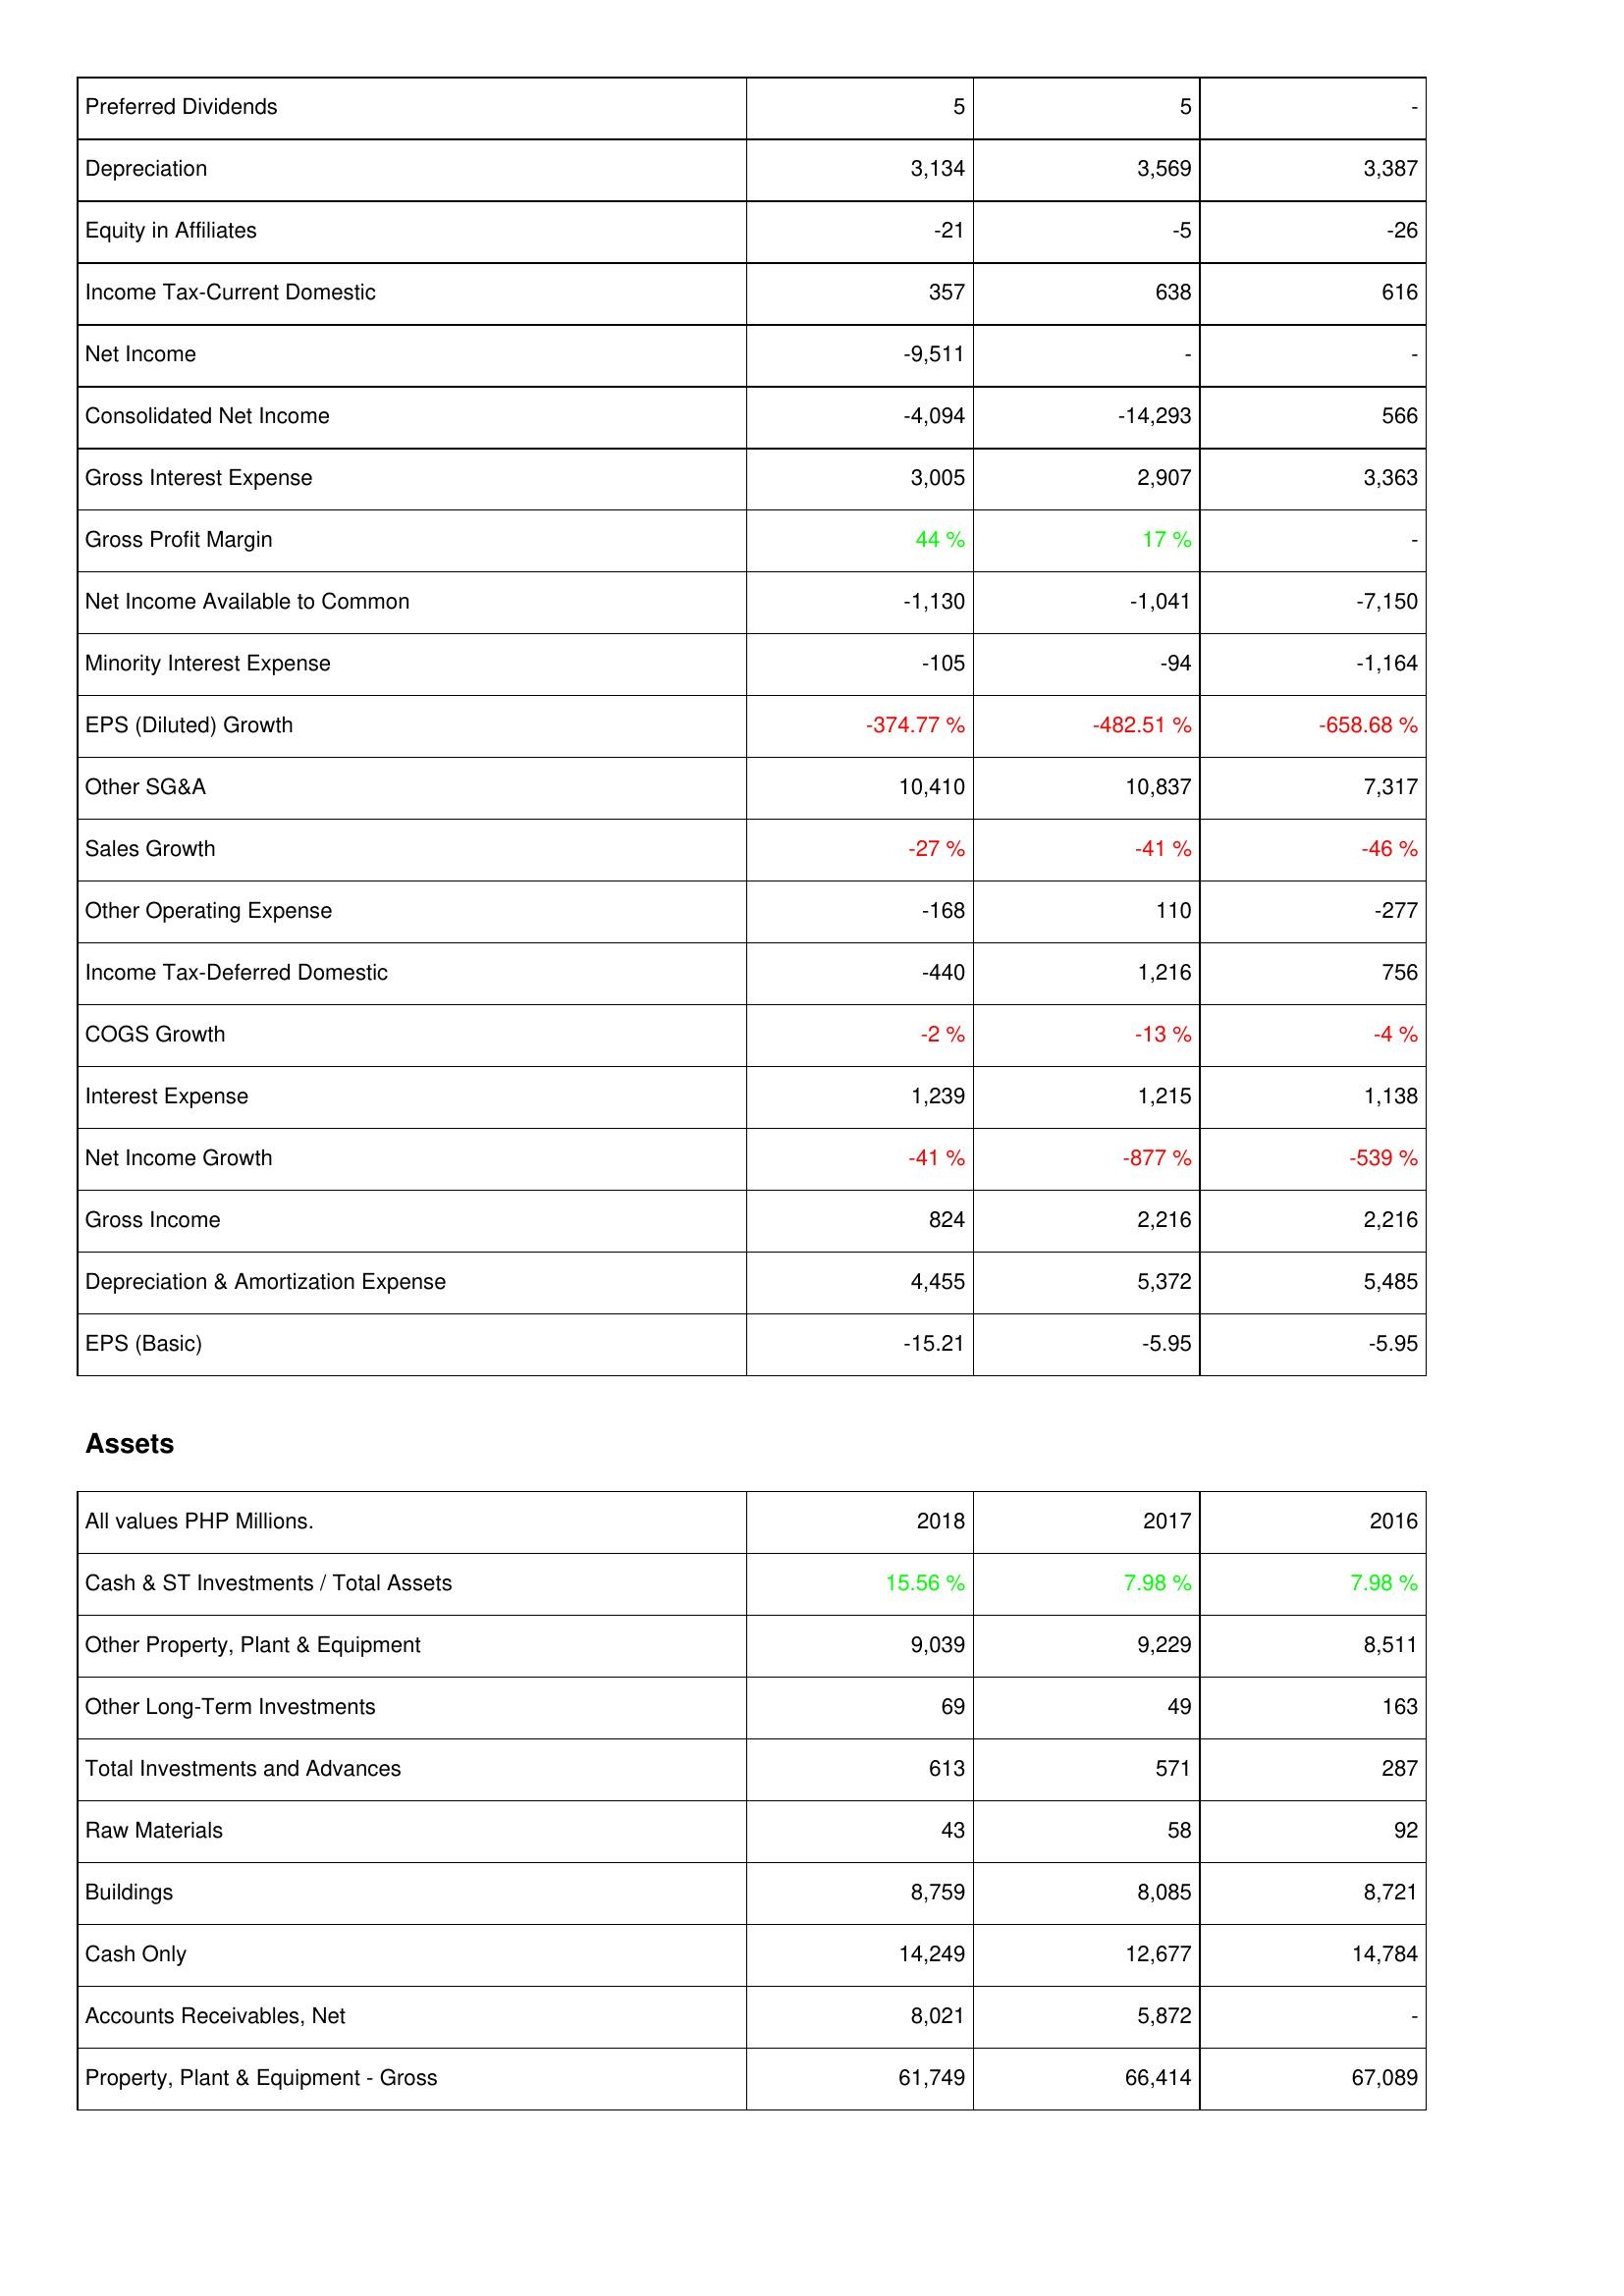
2018: Income Statement: Preferred Dividends: 5
Depreciation: 3,134
Equity in Affiliates: -21
Income Tax-Current Domestic: 357
Net Income: -9,511
Consolidated Net Income: -4,094
Gross Interest Expense: 3,005
Gross Profit Margin: 44 %
Net Income Available to Common: -1,130
Minority Interest Expense: -105
EPS (Diluted) Growth: -374.77 %
Other SG&A: 10,410
Sales Growth: -27 %
Other Operating Expense: -168
Income Tax-Deferred Domestic: -440
COGS Growth: -2 %
Interest Expense: 1,239
Net Income Growth: -41 %
Gross Income: 824
Depreciation & Amortization Expense: 4,455
EPS (Basic): -15.21
Assets: Cash & ST Investments / Total Assets: 15.56 %
Other Property, Plant & Equipment: 9,039
Other Long-Term Investments: 69
Total Investments and Advances: 613
Raw Materials: 43
Buildings: 8,759
Cash Only: 14,249
Accounts Receivables, Net: 8,021
Property, Plant & Equipment - Gross: 61,749
2017: Income Statement: Preferred Dividends: 5
Depreciation: 3,569
Equity in Affiliates: -5
Income Tax-Current Domestic: 638
Net Income: -
Consolidated Net Income: -14,293
Gross Interest Expense: 2,907
Gross Profit Margin: 17 %
Net Income Available to Common: -1,041
Minority Interest Expense: -94
EPS (Diluted) Growth: -482.51 %
Other SG&A: 10,837
Sales Growth: -41 %
Other Operating Expense: 110
Income Tax-Deferred Domestic: 1,216
COGS Growth: -13 %
Interest Expense: 1,215
Net Income Growth: -877 %
Gross Income: 2,216
Depreciation & Amortization Expense: 5,372
EPS (Basic): -5.95
Assets: Cash & ST Investments / Total Assets: 7.98 %
Other Property, Plant & Equipment: 9,229
Other Long-Term Investments: 49
Total Investments and Advances: 571
Raw Materials: 58
Buildings: 8,085
Cash Only: 12,677
Accounts Receivables, Net: 5,872
Property, Plant & Equipment - Gross: 66,414
2016: Income Statement: Preferred Dividends: -
Depreciation: 3,387
Equity in Affiliates: -26
Income Tax-Current Domestic: 616
Net Income: -
Consolidated Net Income: 566
Gross Interest Expense: 3,363
Gross Profit Margin: -
Net Income Available to Common: -7,150
Minority Interest Expense: -1,164
EPS (Diluted) Growth: -658.68 %
Other SG&A: 7,317
Sales Growth: -46 %
Other Operating Expense: -277
Income Tax-Deferred Domestic: 756
COGS Growth: -4 %
Interest Expense: 1,138
Net Income Growth: -539 %
Gross Income: 2,216
Depreciation & Amortization Expense: 5,485
EPS (Basic): -5.95
Assets: Cash & ST Investments / Total Assets: 7.98 %
Other Property, Plant & Equipment: 8,511
Other Long-Term Investments: 163
Total Investments and Advances: 287
Raw Materials: 92
Buildings: 8,721
Cash Only: 14,784
Accounts Receivables, Net: -
Property, Plant & Equipment - Gross: 67,089